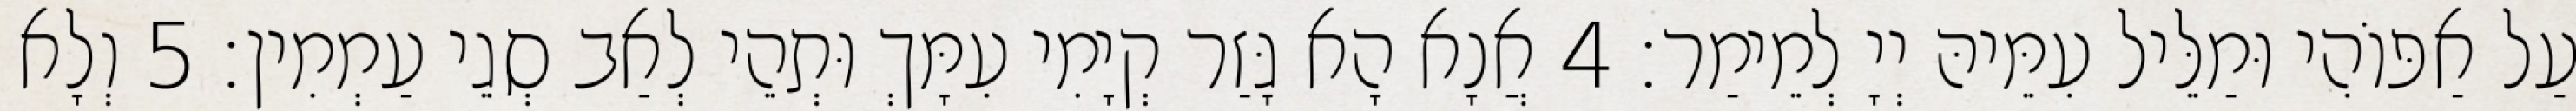
עַל אַפּוֹהִי וּמַלֵּיל עִמֵּיהּ יְיָ לְמֵימַר׃ 4 אֲנָא הָא גָּזַר קְיָמִי עִמָּךְ וּתְהֵי לְאַב סְגֵי עַמְמִין׃ 5 וְלָא